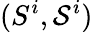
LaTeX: (S^{i},{\mathcal{S}}^{i})